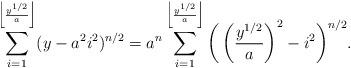
LaTeX: \begin{align*}\sum_{i=1}^{\left \lfloor{\frac{y^{1/2}}{a}}\right \rfloor}(y-a^{2}i^{2})^{n/2}= a^{n}\sum_{i=1}^{\left \lfloor{\frac{y^{1/2}}{a}}\right \rfloor}\bigg(\left(\frac{y^{1/2}}{a}\right)^2-i^{2}\bigg)^{n/2}.\end{align*}